Taavet_Bergmanni_abiraha_sihtasutus, lk 9
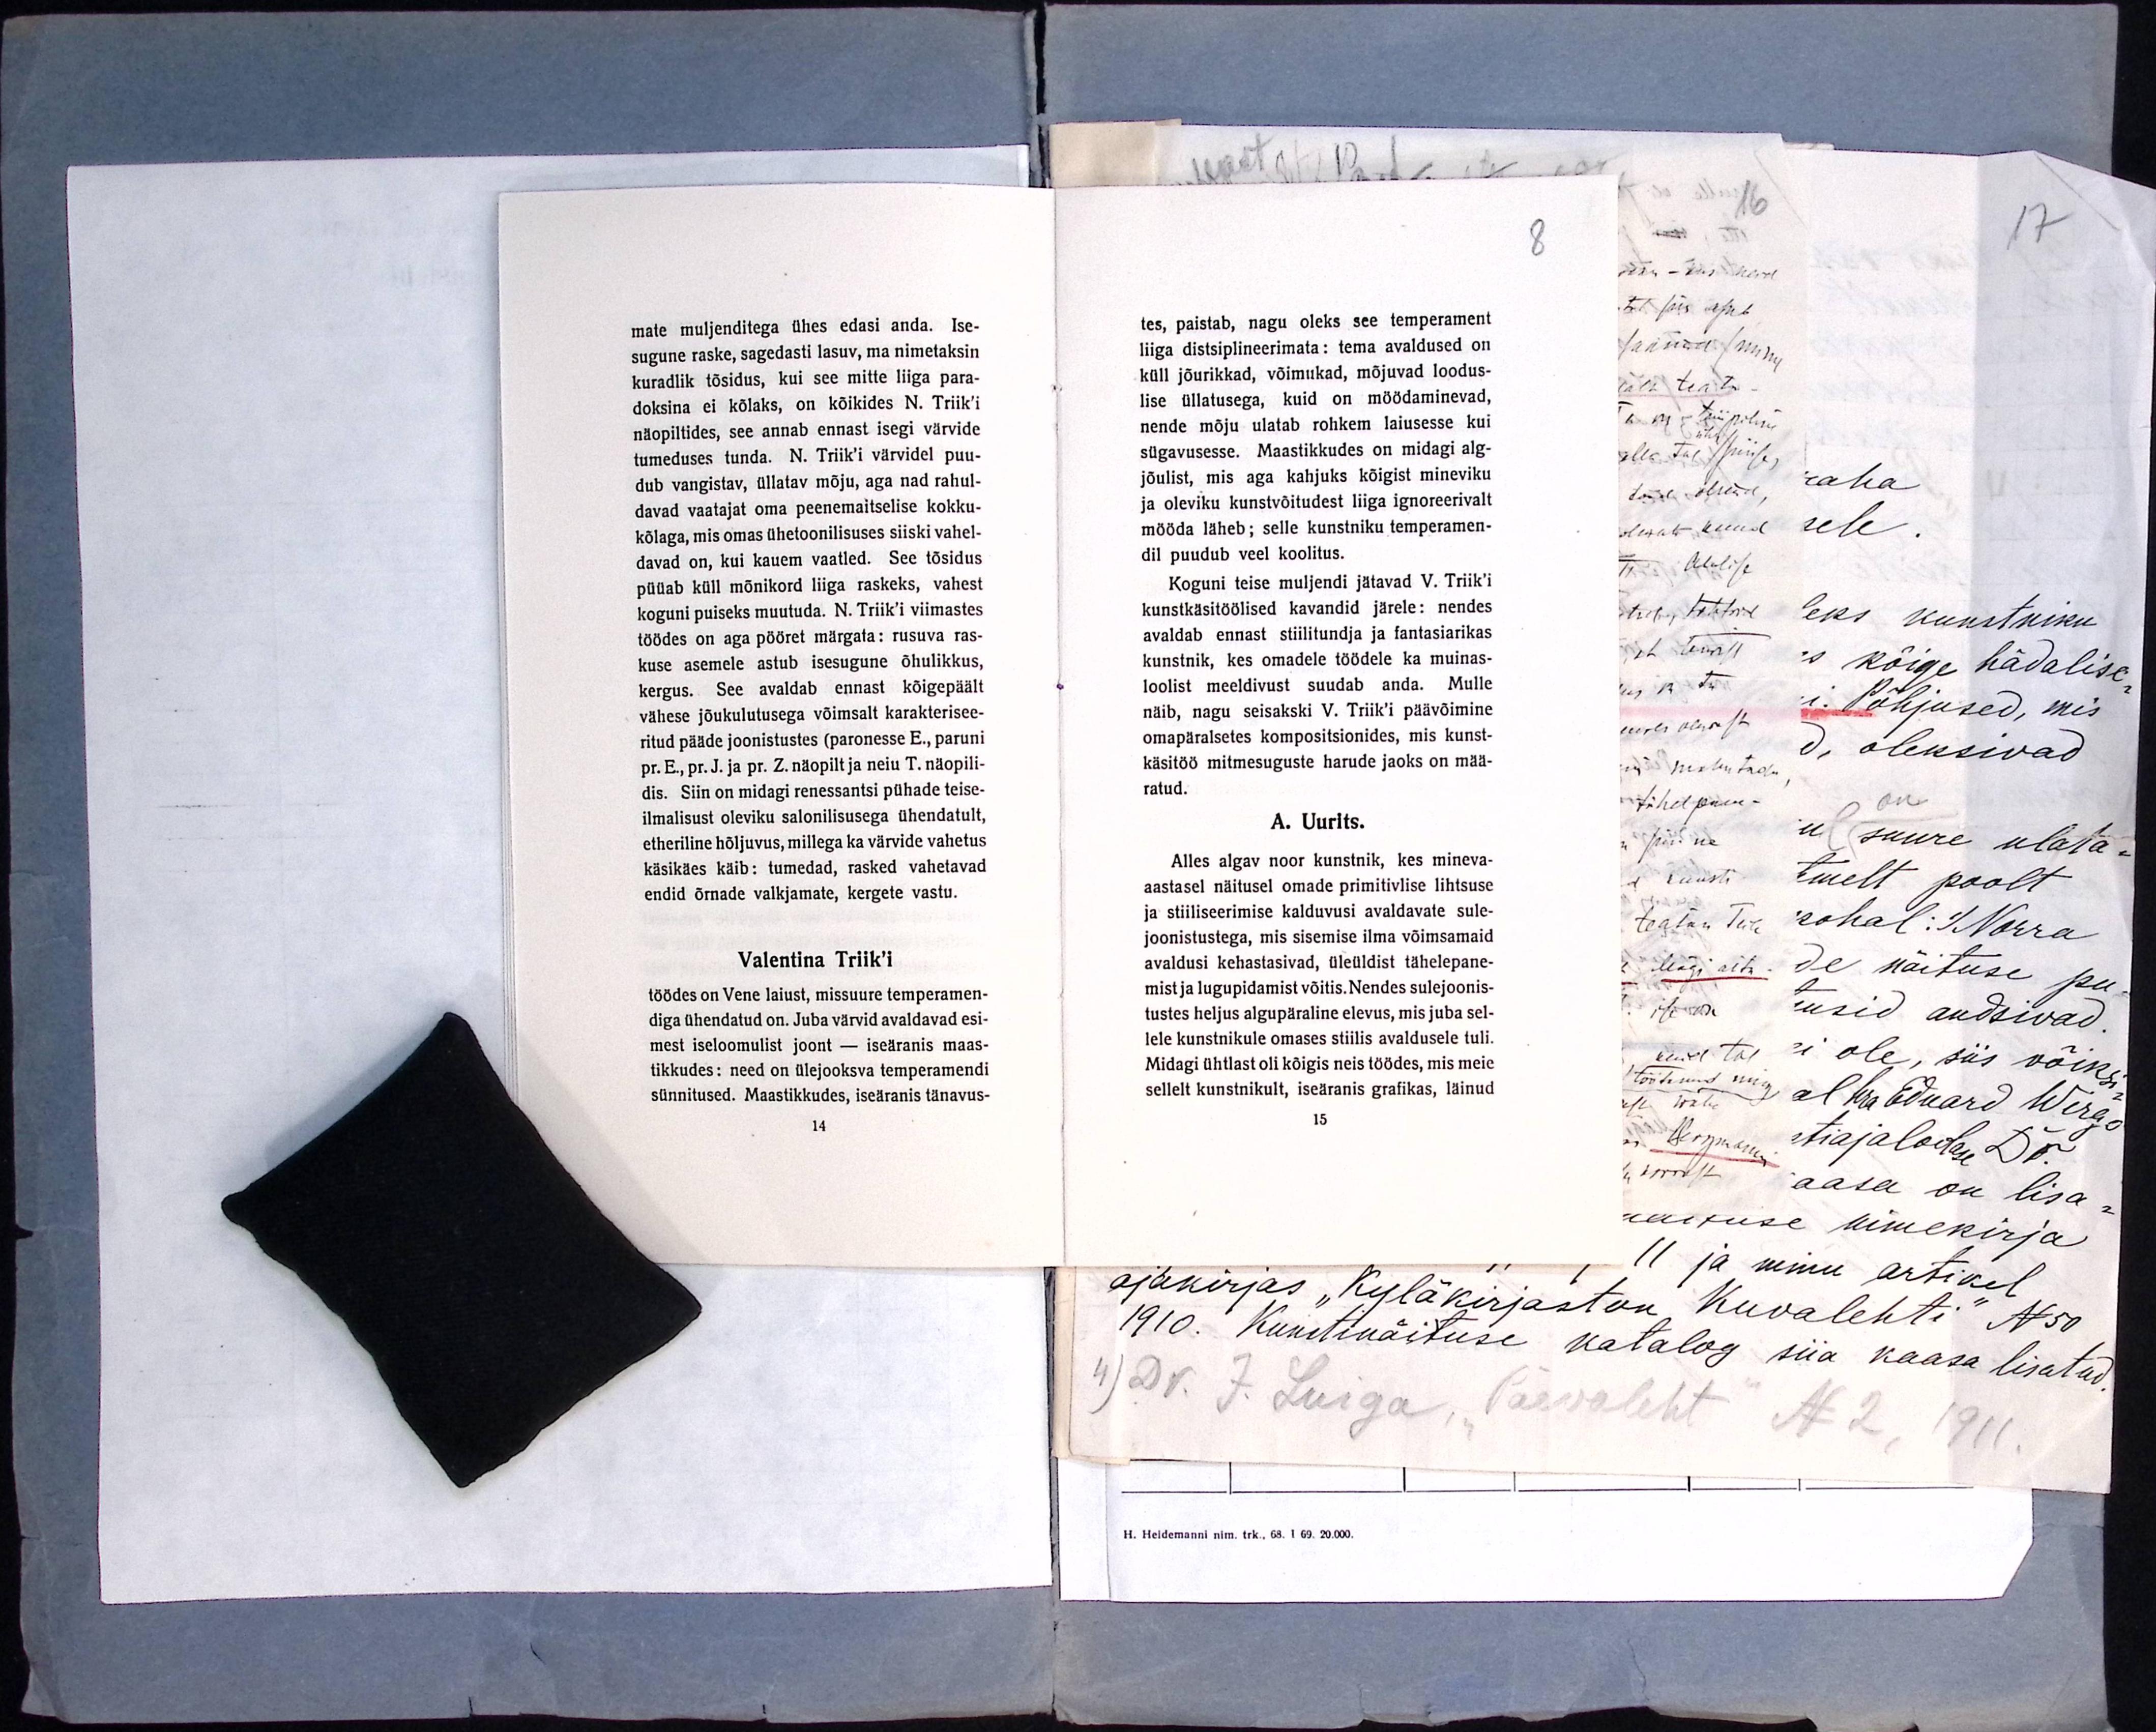
8
tes, paistab, nagu oleks see temperament
liiga distsiplineerimata: tema avaldused on
küll jõurikkad, võimukad, mõjuvad loodus-
lise üllatusega, kuid on möödaminevad,
nende mõju ulatab rohkem laiusesse kui
sügavusesse. Maastikkudes on midagi alg-
jõulist, mis aga kahjuks kõigist mineviku
ja oleviku kunstvõitudest liiga ignoreerivalt
mööda läheb; selle kunstniku temperamen-
dil puudub veel koolitus.
Koguni teise muljendi jätavad V. Triik'i
kunstkäsitöölised kavandid järele : nendes
avaldab ennast stiilitundja ja fantasiarikas
kunstnik, kes omadele töödele ka muinas-
loolist meeldivust suudab anda. Mulle
näib, nagu seisakski V. Triik'i päävõimine
omapäralsetes kompositsionides, mis kunst-
käsitöö mitmesuguste harude jaoks on mää-
ratud.
A. Uurits.
Alles algav noor kunstnik, kes mineva-
aastasel näitusel omade primitivlise lihtsuse
ja stiiliseerimise kalduvusi avaldavate sule-
joonistustega, mis sisemise ilma võimsamaid
avaldusi kehastasivad, üleüldist tähelepane-
mist ja lugupidamist võitis. Nendes sulejoonis-
tustes heljus algupäraline elevus, mis juba sel-
lele kunstnikule omases stiilis avaldusele tuli.
Midagi ühtlast oli kõigis neis töödes, mis meie
sellelt kunstnikult, iseäranis grafikas, läinud
15

mate muljenditega ühes edasi anda. Ise-
sugune raske, sagedasti lasuv, ma nimetaksin
kuradlik tõsidus, kui see mitte liiga para-
doksina ei kõlaks, on kõikides N. Triik'i
näopiltides, see annab ennast isegi värvide
tumeduses tunda. N. Triik'i värvidel puu-
dub vangistav, üllatav mõju, aga nad rahul-
davad vaatajat oma peenemaitselise kokku-
kõlaga, mis omas ühetoonilisuses siiski vahel-
davad on, kui kauem vaatled. See tõsidus
püüab küll mõnikord liiga raskeks, vahest
koguni puiseks muutuda. N. Triik'i viimastes
töödes on aga pööret märgata: rusuva ras-
kuse asemele astub isesugune õhulikkus,
kergus. See avaldab ennast kõigepäält
vähese jõukulutusega võimsalt karakterisee-
ritud pääde joonistustes (paronesse E., paruni
pr. Er., pr. J. ja pr. Z. näopilt ja neiu T. näopili-
dis. Siin on midagi renessantsi pühade teise-
ilmalisust oleviku salonilisusega ühendatult,
etheriline hõljuvus, millega ka värvide vahetus
käsikäes käib: tumedad, rasked vahetavad
endid õrnade valkjamate, kergete vastu.
Valentina Triik'i
töödes on Vene laiust, missuure temperamen-
diga ühendatud on. Juba värvid avaldavad esi-
mest iseloomulist joont - iseäranis maas-
tikkudes: need on ülejooksva temperamendi
sünnitused. Maastikkudes, iseäranis tänavus-
14